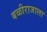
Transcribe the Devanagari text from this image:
बळीराजाला